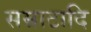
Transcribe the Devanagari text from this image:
सम्राटादि